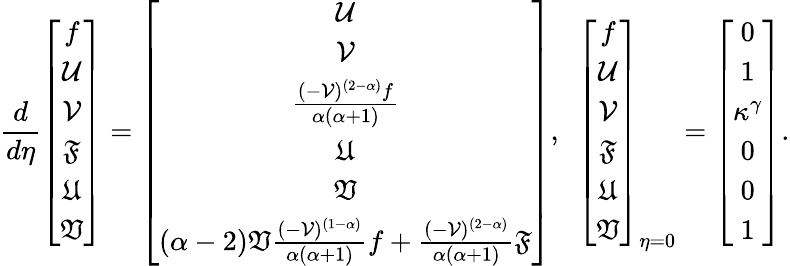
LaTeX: \frac{d}{d\eta}\left[\begin{array}{ccccccc}{f}\\ {\mathcal{U}}\\ {\mathcal{V}}\\ {\mathfrak{F}}\\ {\mathfrak{U}}\\ {\mathfrak{V}}\end{array}\right]=\left[\begin{array}{ccccccc}{\mathcal{U}}\\ {\mathcal{V}}\\ {\frac{(-\mathcal{V})^{(2-\alpha)}f}{\alpha(\alpha+1)}}\\ {\mathfrak{U}}\\ {\mathfrak{V}}\\ {(\alpha-2)\mathfrak{V}\frac{(-\mathcal{V})^{(1-\alpha)}}{\alpha(\alpha+1)}f+\frac{(-\mathcal{V})^{(2-\alpha)}}{\alpha(\alpha+1)}\mathfrak{F}}\end{array}\right],~~\left[\begin{array}{ccccccc}{f}\\ {\mathcal{U}}\\ {\mathcal{V}}\\ {\mathfrak{F}}\\ {\mathfrak{U}}\\ {\mathfrak{V}}\end{array}\right]_{\eta=0}=\left[\begin{array}{ccccccc}{0}\\ {1}\\ {\kappa^{\gamma}}\\ {0}\\ {0}\\ {1}\end{array}\right].